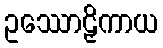
ဥဿောဠှိကာယ